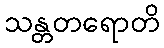
သန္တတရောတိ